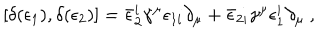
\left[ \delta ( \epsilon _ { 1 } ) , \delta ( \epsilon _ { 2 } ) \right] = \bar { \epsilon } _ { 2 } ^ { i } \gamma ^ { \mu } \epsilon _ { 1 i } \partial _ { \mu } + \bar { \epsilon } _ { 2 i } \gamma ^ { \mu } \epsilon _ { 1 } ^ { i } \partial _ { \mu } \ ,